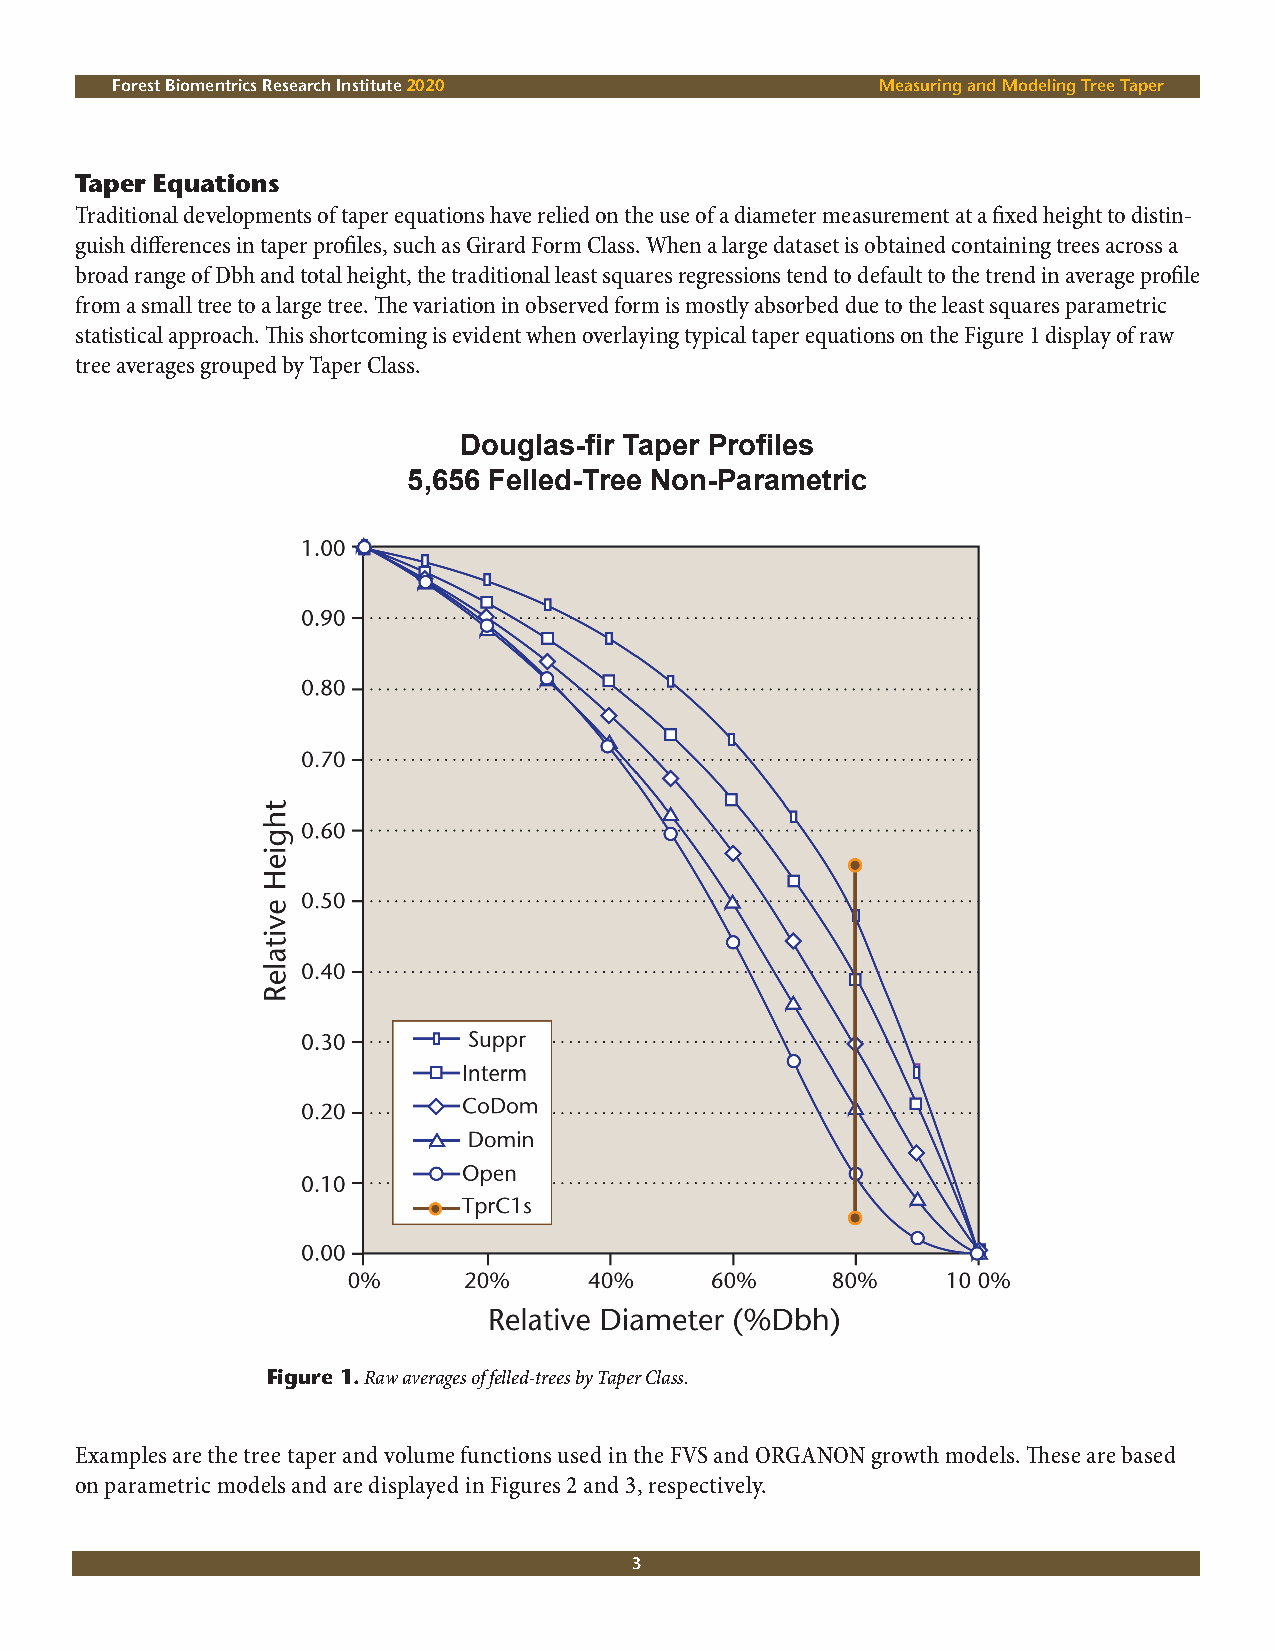
Forest Biomentrics Research Institute 2020         Measuring and Modeling Tree Taper
 Taper Equations
 Traditional developments of taper equations have relied on the use of a diameter measurement at a fixed height to distin-
 guish differences in taper profiles, such as Girard Form Class. When a large dataset is obtained containing trees across a
 broad range of Dbh and total height, the traditional least squares regressions tend to default to the trend in average profile
 from a small tree to a large tree. The variation in observed form is mostly absorbed due to the least squares parametric
 statistical approach. This shortcoming is evident when overlaying typical taper equations on the Figure 1 display of raw
 tree averages grouped by Taper Class.
 Douglas-fir Taper Profiles
 5,656 Felled-Tree Non-Parametric
 Figure 1. Raw averages of felled-trees by Taper Class.
 Examples are the tree taper and volume functions used in the FVS and ORGANON growth models. These are based
 on parametric models and are displayed in Figures 2 and 3, respectively.
 3